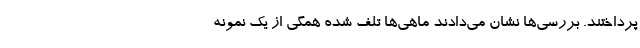
پرداختند. بررسی‌ها نشان می‌دادند ماهی‌ها تلف شده همگی از یک نمونه